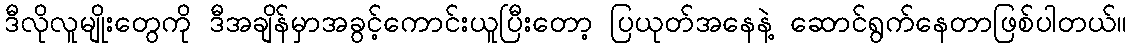
ဒီလိုလူမျိုးတွေကို ဒီအချိန်မှာအခွင့်ကောင်းယူပြီးတော့ ပြယုတ်အနေနဲ့ ဆောင်ရွက်နေတာဖြစ်ပါတယ်။